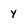
Character: y